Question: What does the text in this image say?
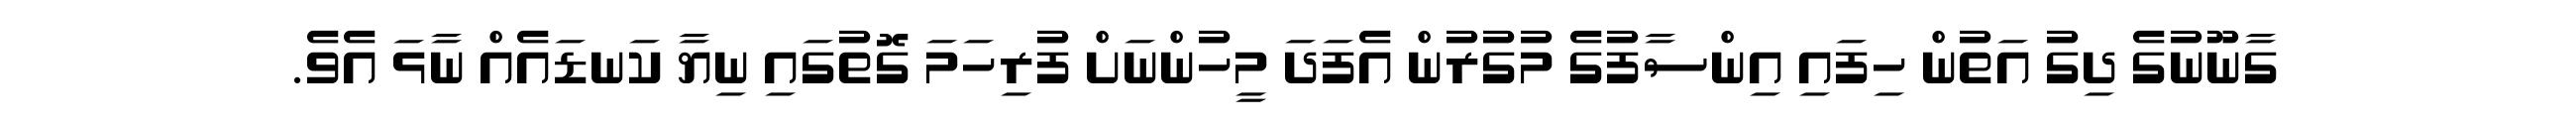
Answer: ގާނޫނުގެ ދިގު އަތުން ހިފައި އިންސާފުގެ މުގުރުން އެފަދަ މީހުންނަށް ފުރިހަމަ ގޮތުގައި ނިޔާ ކަނޑައެއް ނާޅަ އެވެ.